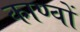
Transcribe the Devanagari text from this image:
काण्वों